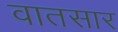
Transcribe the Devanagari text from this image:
वातसार